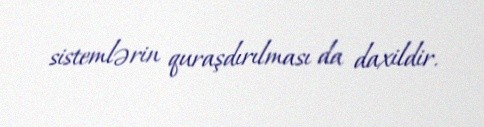
sistemlərin quraşdırılması da daxildir.